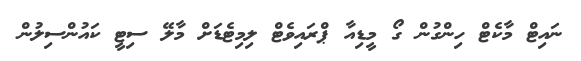
ނައިޓް މާކެޓް ހިންގުން ގޯ މީޑިއާ ޕްރައިވެޓް ލިމިޓެޑަށް މާލޭ ސިޓީ ކައުންސިލުން